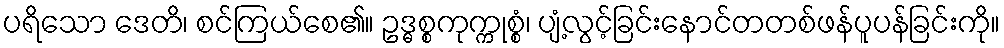
ပရိသော ဒေတိ၊ စင်ကြယ်စေ၏။ ဥဒ္ဓစ္စကုက္ကုစ္စံ၊ ပျံ့လွင့်ခြင်းနောင်တတစ်ဖန်ပူပန်ခြင်းကို။